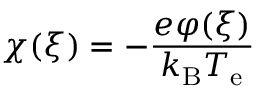
\chi ( \xi ) = - { \frac { e \varphi ( \xi ) } { k _ { \mathrm { B } } T _ { \mathrm { e } } } }